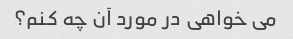
می خواهی در مورد آن چه کنم؟